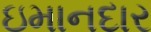
ઇમાનદાર